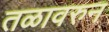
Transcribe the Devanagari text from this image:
तळावरुन